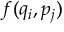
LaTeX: f ( q _ { i } , p _ { j } )